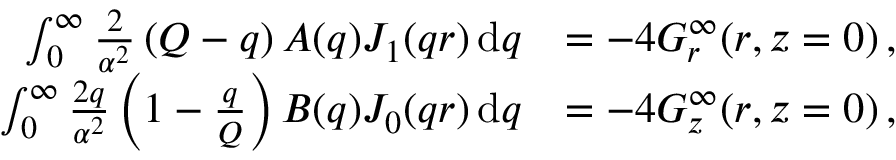
\begin{array} { r l } { \int _ { 0 } ^ { \infty } \frac { 2 } { \alpha ^ { 2 } } \left( Q - q \right) A ( q ) J _ { 1 } ( q r ) \, \mathrm { d } q } & { = - 4 G _ { r } ^ { \infty } ( r , z = 0 ) \, , } \\ { \int _ { 0 } ^ { \infty } \frac { 2 q } { \alpha ^ { 2 } } \left( 1 - \frac { q } { Q } \right) B ( q ) J _ { 0 } ( q r ) \, \mathrm { d } q } & { = - 4 G _ { z } ^ { \infty } ( r , z = 0 ) \, , } \end{array}